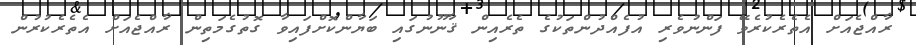
ރާއްޖެއަށް އެތެރެކުރެވޭ ފަންނުވެރި އުފެއްދުންތަކުގެ ތެރެއިން ޤާނޫނުގައި ބަޔާންކޮށްފައިވާ ގޮތުގެމަތިން ރާއްޖެއަށް އެތެރެކުރުން